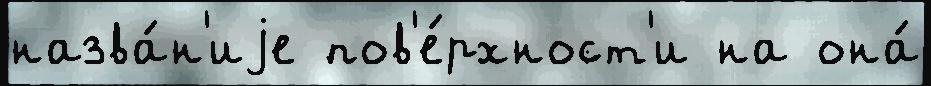
назва́н'иjе пов'е́рхност'и на она́